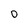
Character: 0